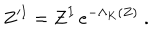
LaTeX: Z ^ { I } = Z ^ { I } \, e ^ { - \Lambda _ { K } ( Z ) } \ .